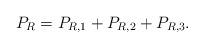
LaTeX: \begin{align*}P_{R}=P_{R,1}+P_{R,2}+P_{R,3}.\end{align*}